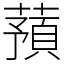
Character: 蕷